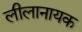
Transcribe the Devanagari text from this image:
लीलानायक